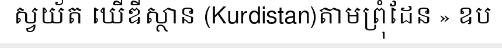
ស្វយ័ត ឃើឌីស្ថាន (Kurdistan)តាមព្រុំដែន » ឧប